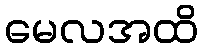
မေလအထိ